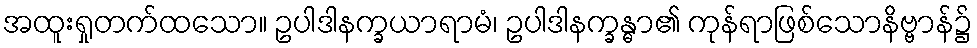
အထူးရှုတက်ထသော။ ဥပါဒါနက္ခယာရာမံ၊ ဥပါဒါနက္ခန္ဓာ၏ ကုန်ရာဖြစ်သောနိဗ္ဗာန်၌